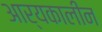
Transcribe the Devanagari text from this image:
आर्यकालीन